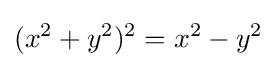
(x^{2}+y^{2})^{2}=x^{2}-y^{2}